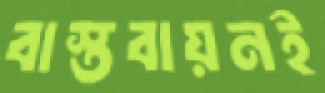
বাস্তবায়নই